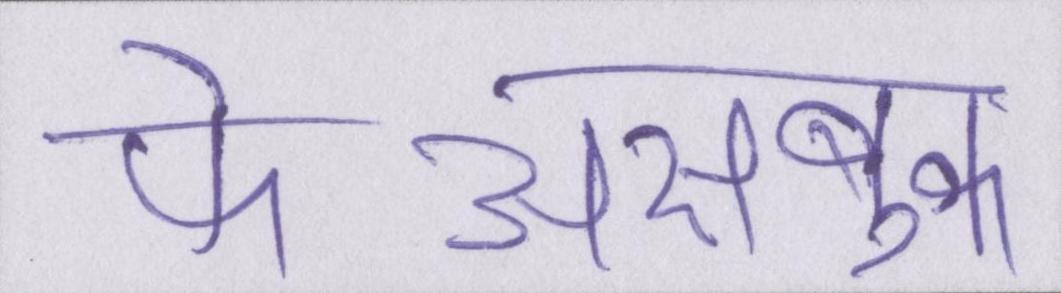
फेअसबुक